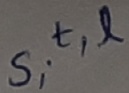
Text: s,t,l